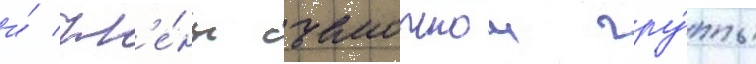
и́ чл'е́ны съемочнои гру́ппы